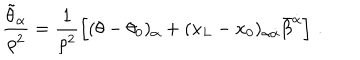
\frac { \tilde { \theta } _ { \alpha } } { \rho ^ { 2 } } = \frac { 1 } { \rho ^ { 2 } } \left[ ( \theta - \theta _ { 0 } ) _ { \alpha } + ( x _ { L } - x _ { 0 } ) _ { \alpha \dot { \alpha } } \bar { \beta } ^ { \dot { \alpha } } \right] \, .